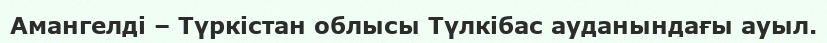
Амангелді – Түркістан облысы Түлкібас ауданындағы ауыл.